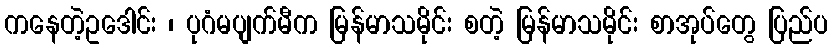
ကနေတဲ့ဥဒေါင်း ၊ ပုဂံမပျက်မီက မြန်မာသမိုင်း စတဲ့ မြန်မာသမိုင်း စာအုပ်တွေ ပြည်ပ